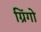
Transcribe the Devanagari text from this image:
ग्रिंगो